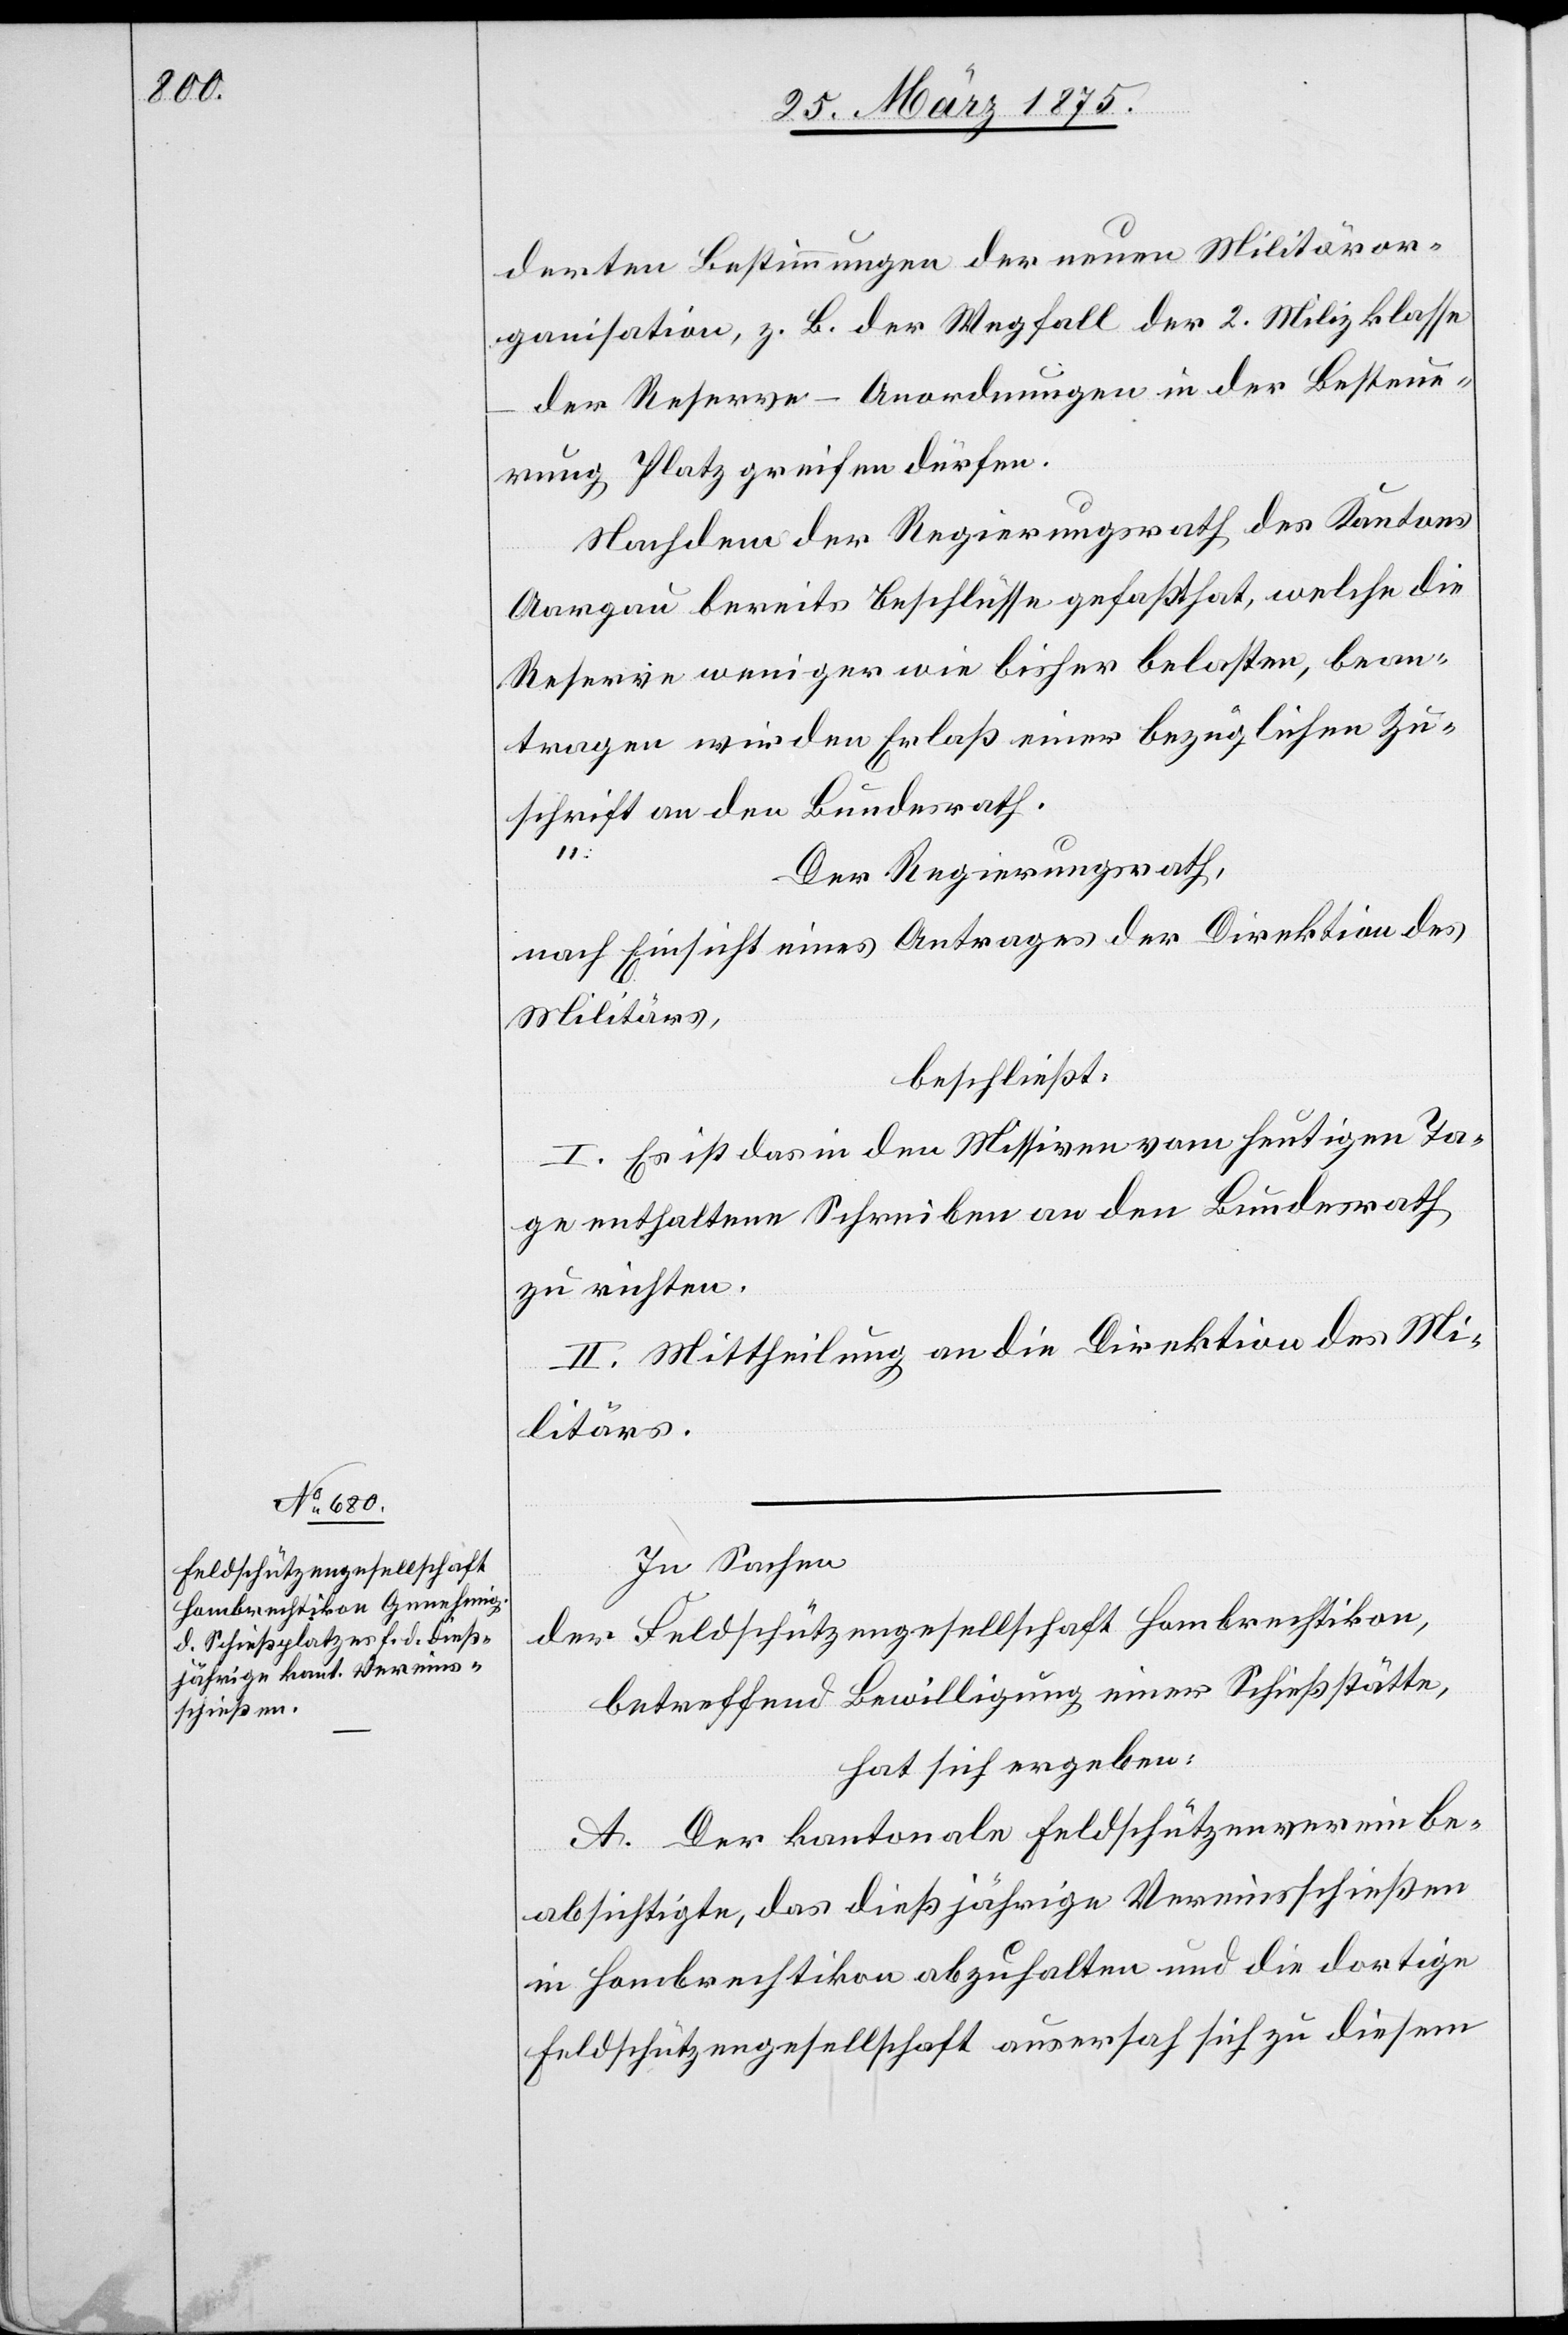
derten Bestimmungen der neuen Militäror¬
ganisation, z. B. der Wegfall der 2. Milizklasse
der Reserve – Anordnungen in der Besteue¬
rung Platz greifen dürfen.
Nachdem der Regierungsrath des Kantons
Aargau bereits Beschlüsse gefaßt hat, welche die
Reserve weniger wie bisher belasten, bean¬
tragen wir den Erlaß einer bezüglichen Zu¬
schrift an den Bundesrath.
Der Regierungsrath,
nach Einsicht eines Antrages der Direktion des
Militärs,
beschließt:
I. Es ist das in den Missiven vom heutigen Ta¬
ge enthaltene Schreiben an den Bundesrath
zu richten.
II. Mittheilung an die Direktion des Mi¬
litärs.
In Sachen
der Feldschützengesellschaft Hombrechtikon,
betreffend Bewilligung einer Schießstätte,
hat sich ergeben:
A. Der kantonale Feldschützenverein be¬
absichtige, das dießjährige Vereinsschießen
in Hombrechtikon abzuhalten und die dortige
Feldschützengesellschaft ausersah sich zu diesem